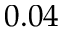
0 . 0 4